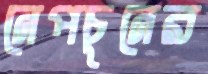
নেপচুনের